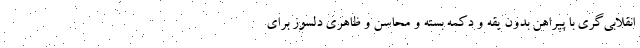
انقلابی‌گری با پیراهن بدون یقه و دکمه بسته و محاسن و ظاهری دلسوز برای